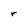
Character: r